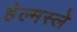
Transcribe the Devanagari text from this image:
हेल्मस्ले